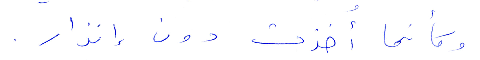
وكأنما أخذت دون انذار؟